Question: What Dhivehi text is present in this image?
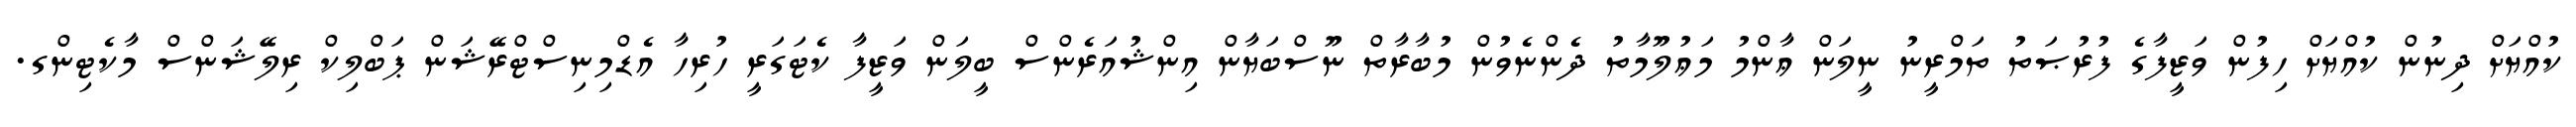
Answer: ކުއްޔަށް ދިނުން ކުއްޔަށް ހިފުން ވަޒީފާގެ ފުރުޞަތު ތަމްރީނު ނީލަން ޢާންމު މަޢުލޫމާތު ދެންނެވުން މުބާރާތް ނޫސްބަޔާން އިންޝުއަރެންސް ބީލަން ވަޒީފާ ކެޓަގަރީ ހުރިހާ އެޑްމިނިސްޓްރޭޝަން ޕަބްލިކް ރިލޭޝަންސް މާކެޓިންގ.